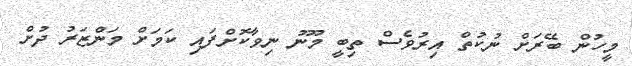
މީހުން ބޭރަށް ނުކުތް އިރުވެސް ތިބީ މޫނު ނިވާކޮށްފައި ކަމަށް މަންޒަރު ދުށް